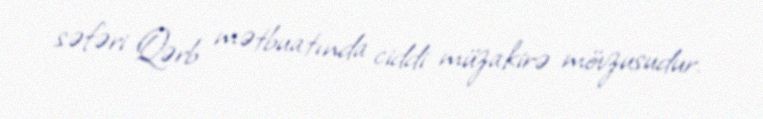
səfəri Qərb mətbuatında ciddi müzakirə mövzusudur.